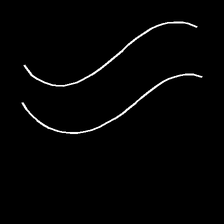
Glyph: float